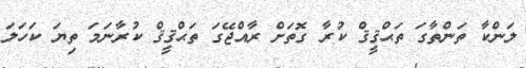
ލަންކާ ތަންތާގަ ތަޙްޤީޤް ކުރާ ގޮތަށް ރާއްޖޭގަ ތަޙްޤީޤް ކުރާނަމަ ތިޔަ ކަހަލަ